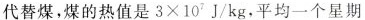
代替煤，煤的热值是 $$3 \times 1 0 ^ { 7 } J / k g$$ ，平均一个星期